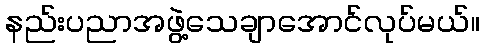
နည်းပညာအဖွဲ့သေချာအောင်လုပ်မယ်။